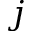
j